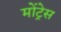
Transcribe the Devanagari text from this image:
मोंट्रेस